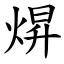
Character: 焺